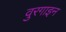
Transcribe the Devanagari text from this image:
वुरगाइन